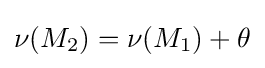
\nu (M_{2})=\nu (M_{1})+\theta